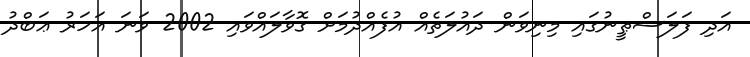
އަދި ފަލަސްޠީނުގައި މިނިވަން ދައުލަތެއް އުފެއްދުމަށް ގޮވާލައްވައި 2002 ވަނަ އަހަރު ޢަބްދު